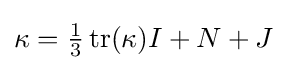
\kappa ={\tfrac {1}{3}}\operatorname {tr} (\kappa )I+N+J